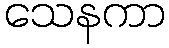
သေနကာ